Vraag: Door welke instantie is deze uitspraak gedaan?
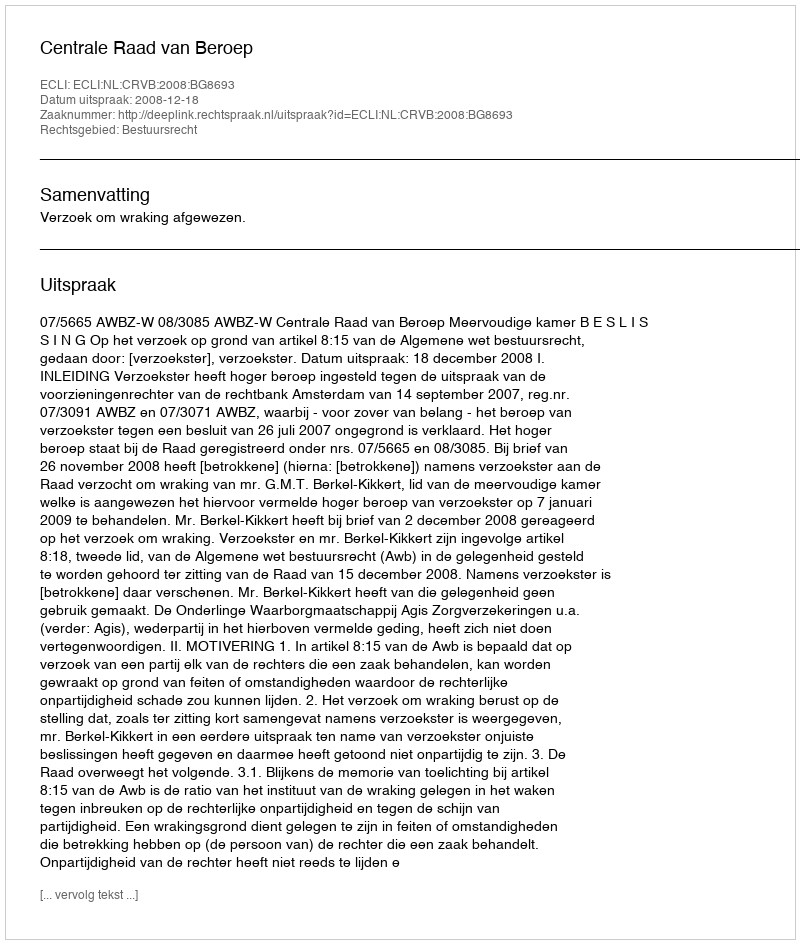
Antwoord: Centrale Raad van Beroep